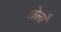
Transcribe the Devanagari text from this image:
खेलाँ